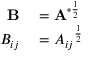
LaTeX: \begin{array} { r l } { \mathbf { B } } & { { } = \mathbf { A } ^ { \circ { \frac { 1 } { 2 } } } } \\ { B _ { i j } } & { { } = { A _ { i j } } ^ { \frac { 1 } { 2 } } } \end{array}